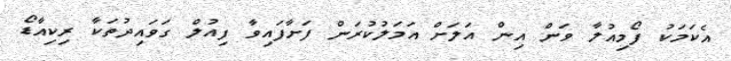
އެކަމަކު ފޯމިއުލާ ވަން އިން އަލަށް އަމަލުކުރަން ފަށާފައިވާ ފިއުލް ގަވައިދުތަކާ ރިކިއާޑޯ